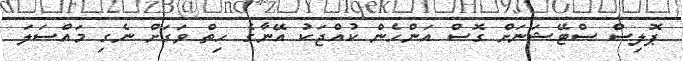
ޕޮލިސް ސްޓޭޝަނަށް ގޮސް އަންހެން ކުއްޖަކު އޭނާގެ ހިތް ވަގަށް ނެގި މައްސަލަ